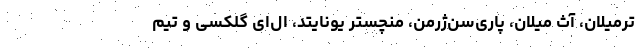
ترمیلان، آث میلان، پاری‌سن‌ژرمن، منچستر یونایتد، ال‌ای گلکسی و تیم